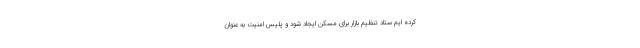
کرده ایم ستاد تنظیم بازار برای مسکن ایجاد شود و پلیس امنیت به عنوان